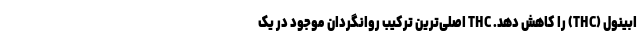
ابینول (THC) را کاهش دهد. THC اصلی‌ترین ترکیب روانگردان موجود در یک